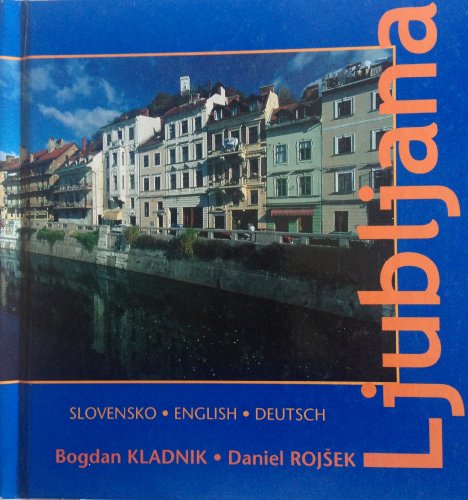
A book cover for Ljubljana: Ljubljana / photography, Bogdan Kladnik ; text, Daniel Rojsek (Slovene Edition); Travel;